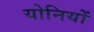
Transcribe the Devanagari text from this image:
योनियों